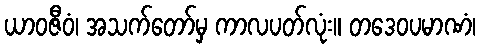
ယာဝဇီဝံ၊ အသက်တော်မှ ကာလပတ်လုံး။ တဒေဝပမာဏံ၊